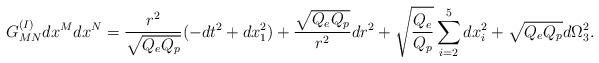
LaTeX: \begin{align*}G^{(I)}_{MN}dx^Mdx^N={{r^2}\over{\sqrt{Q_eQ_p}}}(-dt^2+dx^2_1)+{{\sqrt{Q_eQ_p}}\over{r^2}}dr^2+\sqrt{{Q_e}\over{Q_p}} \sum_{i=2}^5 dx^2_i+\sqrt{Q_eQ_p}d\Omega^2_3.\end{align*}